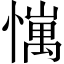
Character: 𢢄